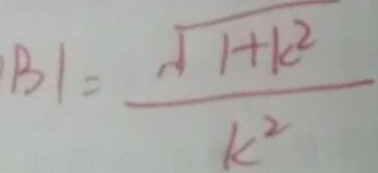
B 1 = \frac { \sqrt { 1 + k ^ { 2 } } } { k ^ { 2 } }